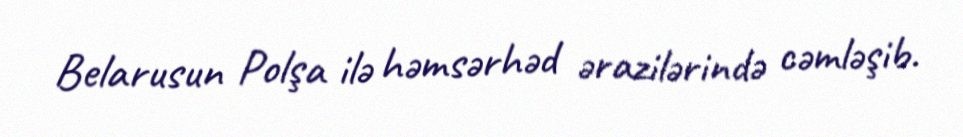
Belarusun Polşa ilə həmsərhəd ərazilərində cəmləşib.